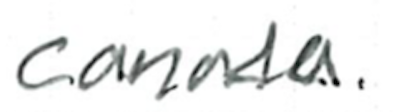
Text: Canada.
Cross-out: clean
Writing tool: ballpoint